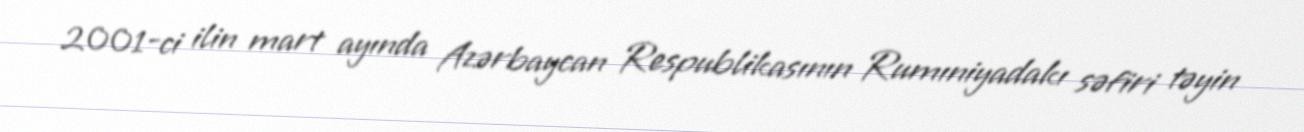
2001-ci ilin mart ayında Azərbaycan Respublikasının Rumıniyadakı səfiri təyin